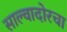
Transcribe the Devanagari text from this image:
साल्वादोरचा